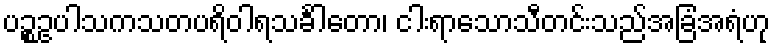
ပဉ္စဥပါသကသတပရိဝါရသင်္ခါတော၊ ငါးရာသောသီတင်းသည်အခြံအရံဟု